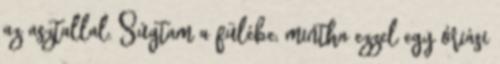
az asztallal. Súgtam a fülébe, mintha ezzel egy óriási